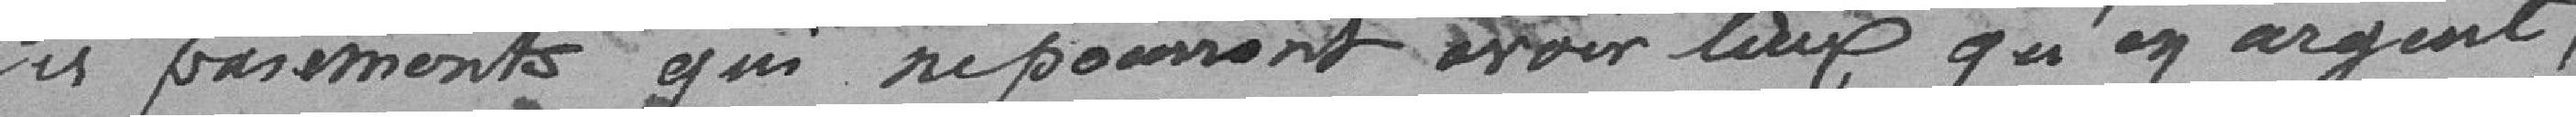
Ces paiements qui ne pourront avoir lieu qu'en argent,